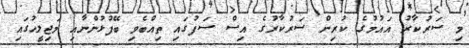
މި ސަރުކާރު އައުމުގެ ކުރިން ސަރުކާރުގެ އިސް ސަފުގައި ތިއްބެވި ބޭފުޅުންނާއި މަޖިލީހުގައި